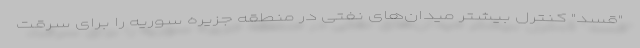
"قسد" کنترل بیشتر میدان‌های نفتی در منطقه جزیره سوریه را برای سرقت